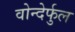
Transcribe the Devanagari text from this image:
वोन्देर्फुल